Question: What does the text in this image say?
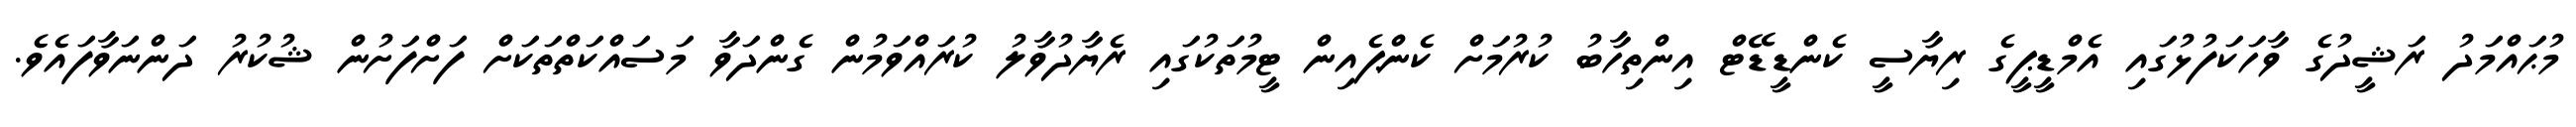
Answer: މުޙައްމަދު ރަޝީދުގެ ވާހަކަފުޅުގައި އެމްޑީޕީގެ ރިޔާސީ ކެންޑީޑޭޓް އިންތިހާބު ކުރުމަށް ކެންޕެއިން ޓީމުތަކުގައި ރެޔާދުވާލު ކުރައްވަމުން ގެންދަވާ މަސައްކަތްތަކަށް ފަށްފަށުން ޝުކުރު ދަންނަވާފައެވެ.